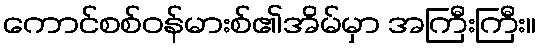
ကောင်စစ်ဝန်မားစ်၏အိမ်မှာ အကြီးကြီး။